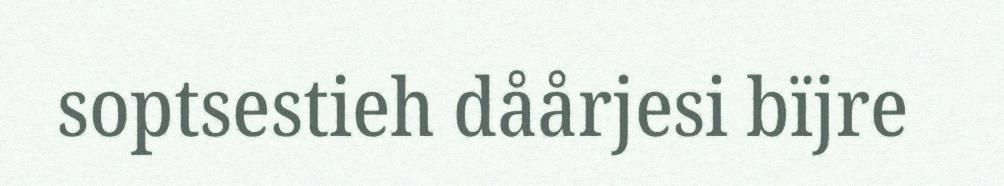
soptsestieh dåårjesi bïjre